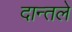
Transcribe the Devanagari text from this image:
दान्तले